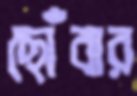
ছোঁবার